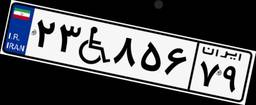
۲۳W۸۵۶۷۹